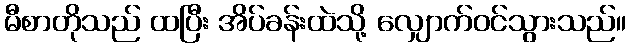
မီစာတိုသည် ထပြီး အိပ်ခန်းထဲသို့ လျှောက်ဝင်သွားသည်။